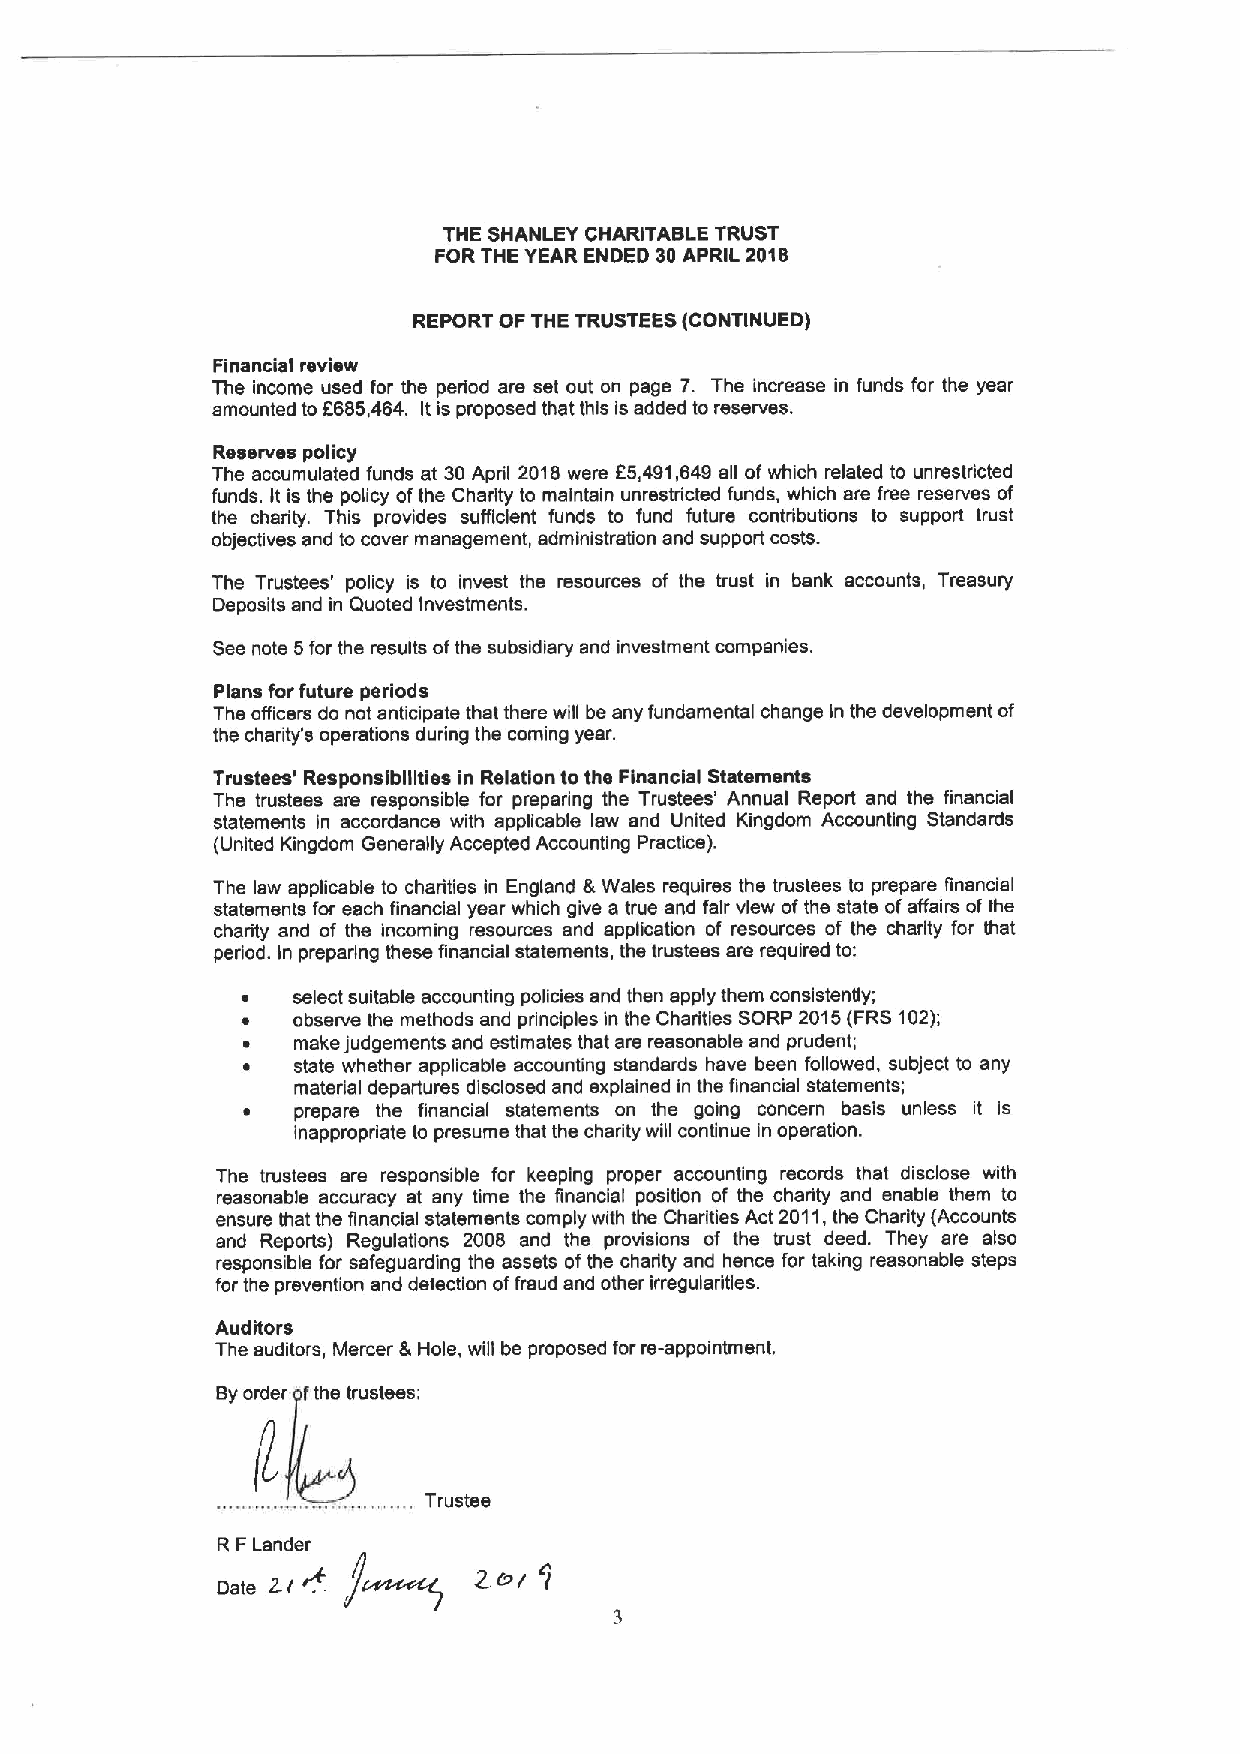
THE SHANLEY CHARITABLE TRUST
 FOR THE YEAR ENDED 30APRIL 2018
 REPORT OF THE TRUSTEES(CONTINUED)
 Financial review
 The Income used for the period are set out on page 7. The increase in funds for the year
 amounted to F685,464. Itis proposed that this is added to reserves.
 Reserves policy
 The accumulated funds at 30April 2018 were 65,491,649 all of which related to unrestricted
 funds. It is the policy ofthe Charity to maintain unrestricted funds, which are free reserves of
 the charity. This provides sufficlent funds to fund future contributions to support trust
 objectives and to cover management, administration and support costs.
 The Trustees' policy is to invest the resources of the trust in bank accounts, Treasury
 Deposits and in Quoted Investments.
 See note 5for the results ofthe subsidiary and investment companies.
 Plans forfuture periods
 The officers do not anticipate that there will be any fundamental change in the development of
 the charity's operations during the coming year.
 Trustees' Responsibilities in Relation to the Financial Statements
 The trustees are responsible for preparing the Trustees' Annual Report and the financial
 statements in accordance with applicable law and United Kingdom Accounting Standards
 (United Kingdom Generally Accepted Accounting Practice).
 The law applicable to charities in England &Wales requires the trustees lo prepare financial
 statements for each financial year which give a true and fair view ofthe state ofaffairs of the
 charity and of the incoming resources and application of resources of the charity for that
 period. In preparing these financial statements, the trustees are required to:
 select suitable accounting policies and then apply them consistently;
 observe the methods and principles in the Charities SORP 2015(FRS102);
 make judgements and estimates that are reasonable and prudent;
 state whether applicable accounting standards have been followed, subject to any
 material departures disclosed and explained in the financial statements;
 prepare the financial statements on the going concern basis unless it is
 inappropriate to presume that the charity will continue In operation.
 The trustees are responsible for keeping proper accounting records that disclose with
 reasonable accuracy at any time the ffnanclal position of the charity and enable them to
 ensure that the financial statements comply with the Charities Act 2011,the Charity (Accounts
 and Reports) Regulations 2008 and the provisions of the trust deed. They are also
 responsible for safeguarding the assets ofthe charity and hence for taking reasonable steps
 for the prevention and detection offraud and other irregularities.
 Auditors
 The auditors, Mercer &l-lola, will be proposed for re-appointment.
 Syorder fthe trustees
 Trustee
 J~
 R FLander
 z(+
 oi